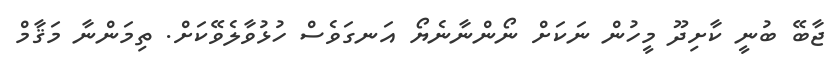
ޖާބޭ ބުނީ ކާށިދޫ މީހުން ނަކަށް ނޯންނާނެޔޯ އަނގަވެސް ހުޅުވާލެވޭކަށް. ތިމަންނާ މަޤާމް